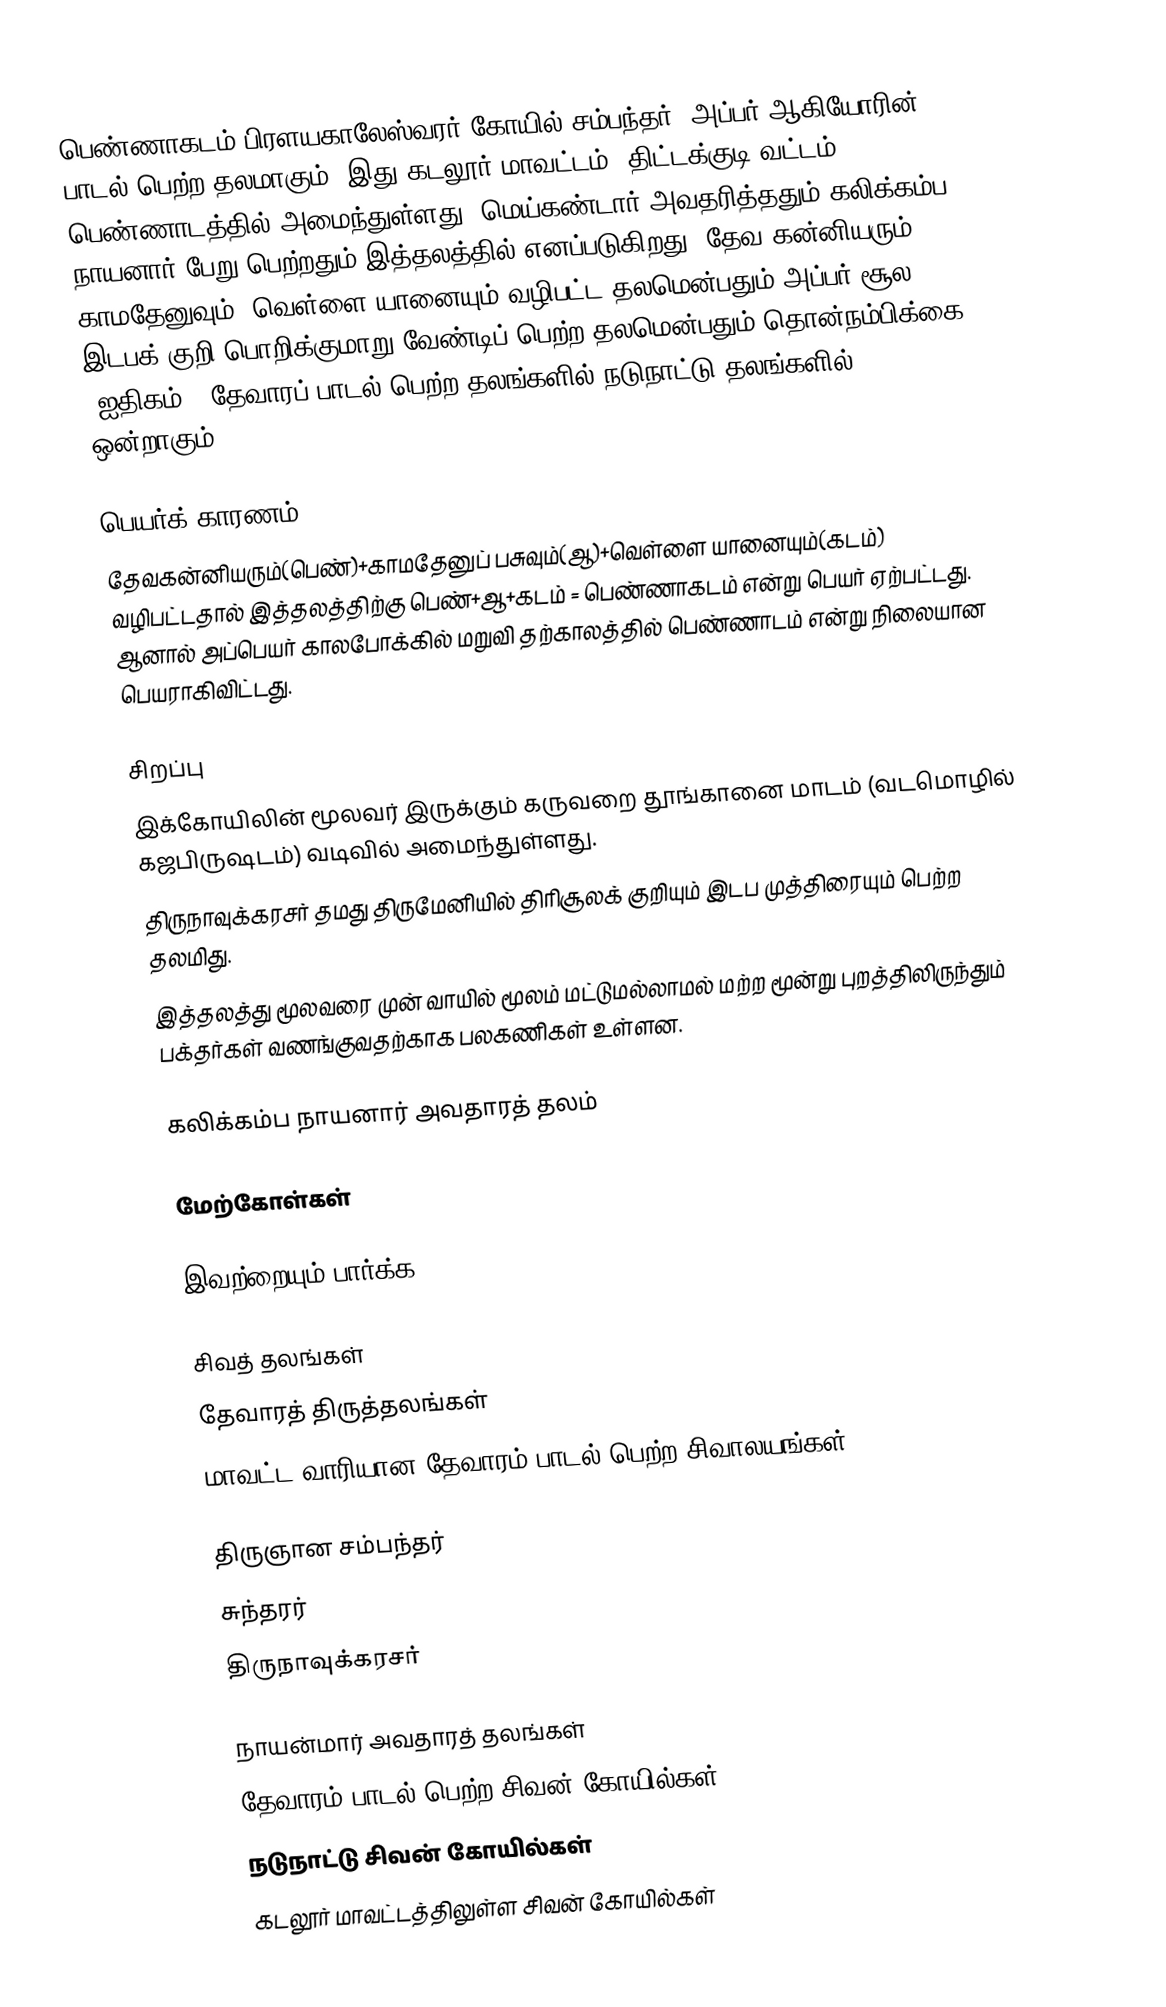
பெண்ணாகடம் பிரளயகாலேஸ்வரர் கோயில் சம்பந்தர், அப்பர் ஆகியோரின் பாடல் பெற்ற தலமாகும். இது கடலூர் மாவட்டம், திட்டக்குடி வட்டம்,  பெண்ணாடத்தில் அமைந்துள்ளது. மெய்கண்டார் அவதரித்ததும் கலிக்கம்ப நாயனார் பேறு பெற்றதும் இத்தலத்தில் எனப்படுகிறது. தேவ கன்னியரும், காமதேனுவும், வெள்ளை யானையும் வழிபட்ட தலமென்பதும் அப்பர் சூல இடபக் குறி பொறிக்குமாறு வேண்டிப் பெற்ற தலமென்பதும் தொன்நம்பிக்கை (ஐதிகம்). தேவாரப் பாடல் பெற்ற தலங்களில் நடுநாட்டு தலங்களில் ஒன்றாகும்.

பெயர்க் காரணம்
தேவகன்னியரும்(பெண்)+காமதேனுப் பசுவும்(ஆ)+வெள்ளை யானையும்(கடம்) வழிபட்டதால் இத்தலத்திற்கு பெண்+ஆ+கடம் = பெண்ணாகடம் என்று பெயர் ஏற்பட்டது. ஆனால் அப்பெயர் காலபோக்கில் மறுவி தற்காலத்தில் பெண்ணாடம் என்று நிலையான பெயராகிவிட்டது.

சிறப்பு
இக்கோயிலின் மூலவர் இருக்கும் கருவறை தூங்கானை மாடம் (வடமொழில் கஜபிருஷடம்) வடிவில் அமைந்துள்ளது.
திருநாவுக்கரசர் தமது திருமேனியில் திரிசூலக் குறியும் இடப முத்திரையும் பெற்ற தலமிது.
இத்தலத்து மூலவரை முன் வாயில் மூலம் மட்டுமல்லாமல் மற்ற மூன்று புறத்திலிருந்தும் பக்தர்கள்  வணங்குவதற்காக பலகணிகள் உள்ளன.

கலிக்கம்ப நாயனார் அவதாரத் தலம்

மேற்கோள்கள்

இவற்றையும் பார்க்க

 சிவத் தலங்கள்
 தேவாரத் திருத்தலங்கள்
 மாவட்ட வாரியான தேவாரம் பாடல் பெற்ற சிவாலயங்கள்

 திருஞான சம்பந்தர்
 சுந்தரர்
 திருநாவுக்கரசர்

நாயன்மார் அவதாரத் தலங்கள்
தேவாரம் பாடல் பெற்ற சிவன் கோயில்கள்
நடுநாட்டு சிவன் கோயில்கள்
கடலூர் மாவட்டத்திலுள்ள சிவன் கோயில்கள்